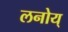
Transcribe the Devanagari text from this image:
लनोय्